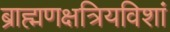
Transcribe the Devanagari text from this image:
ब्राह्मणक्षत्रियविशां